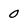
Character: 0